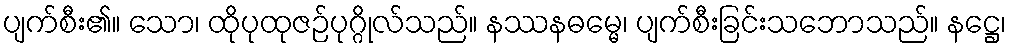
ပျက်စီး၏။ သော၊ ထိုပုထုဇဉ်ပုဂ္ဂိုလ်သည်။ နဿနဓမ္မေ၊ ပျက်စီးခြင်းသဘောသည်။ နဋ္ဌေ၊